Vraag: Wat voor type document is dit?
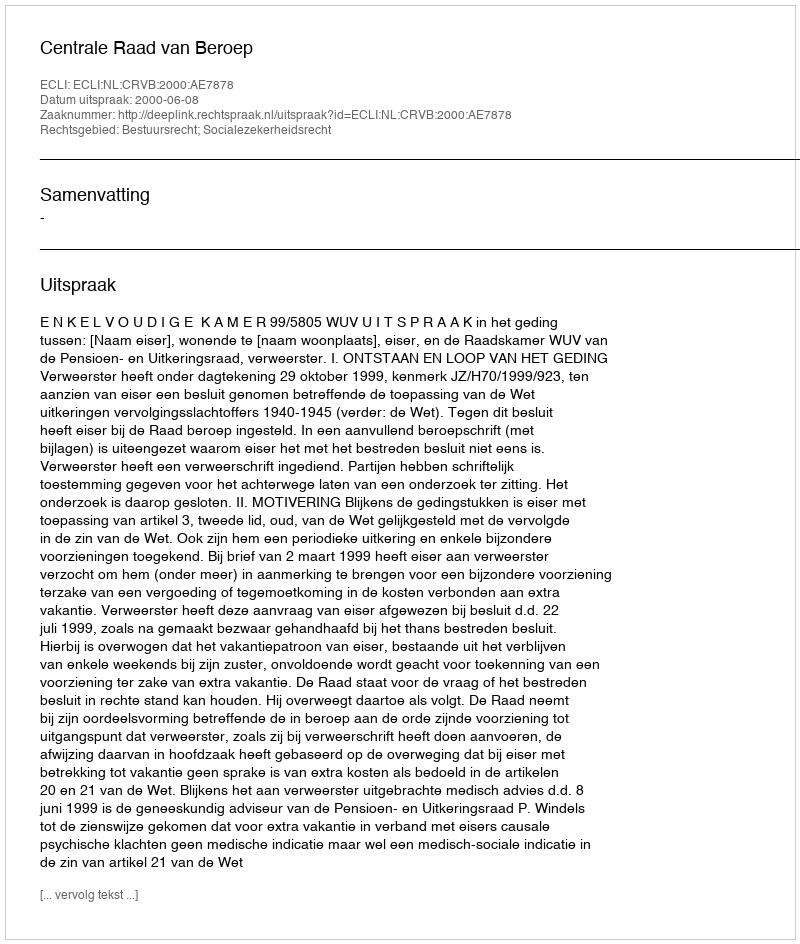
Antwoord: Uitspraak